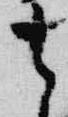
去